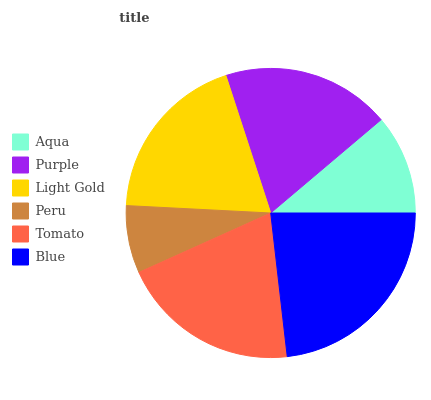
| Aqua | Purple | Light Gold | Peru | Tomato | Blue |
 | --- | --- | --- | --- | --- | --- |
 | 11.2% | 18.8% | 19.1% | 7.55% | 20.1% | 23.3% |